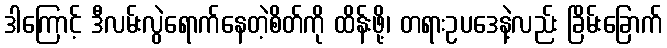
ဒါကြောင့် ဒီလမ်းလွဲရောက်နေတဲ့စိတ်ကို ထိန်းဖို့၊ တရားဥပဒေနဲ့လည်း ခြိမ်းခြောက်